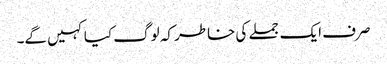
صرف ایک جملے کی خاطر کہ لوگ کیا کہیں گے۔